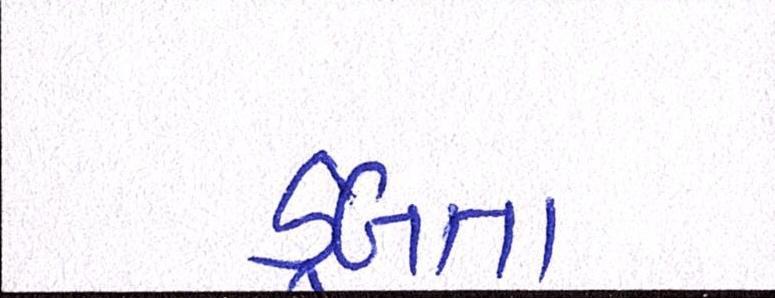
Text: ડૂબતા